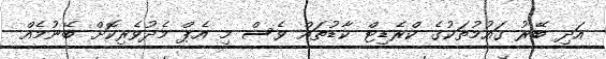
އަދި ބޭރު ގައުމުތަކުގެ ކްރެޑިޓް ކާޑުތައް ވެސް މި އެޕް މެދުވެރިކޮށް ބޭނުމެއް